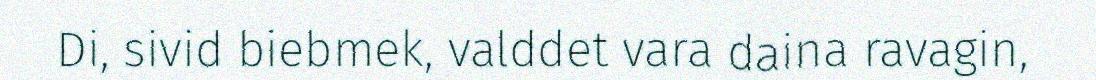
Di, sivid biebmek, valddet vara daina ravagin,